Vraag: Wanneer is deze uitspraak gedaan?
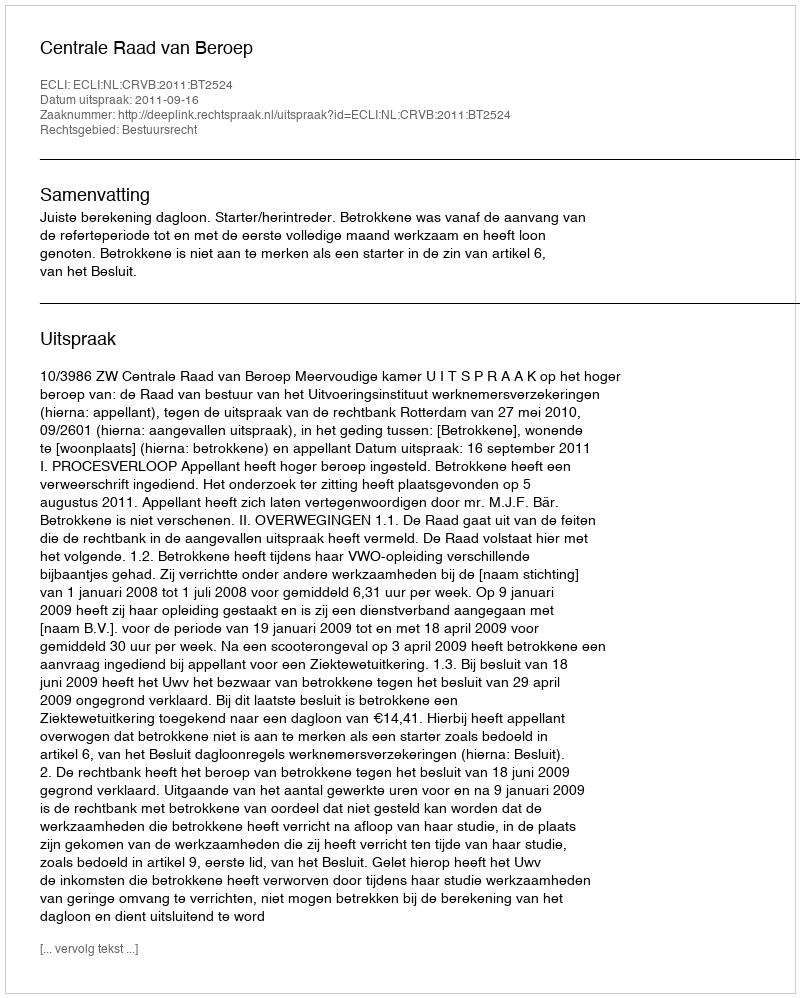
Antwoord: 2011-09-16